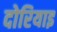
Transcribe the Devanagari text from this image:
दोरियाइ